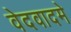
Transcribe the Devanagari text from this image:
वेदवादमे